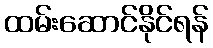
ထမ်းဆောင်နိုင်ရန်